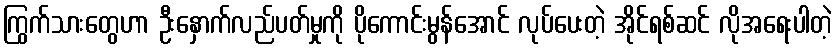
ကြွက်သားတွေဟာ ဦးနှောက်လည်ပတ်မှုကို ပိုကောင်းမွန်အောင် လုပ်ပေးတဲ့ အိုင်ရစ်ဆင် လိုအရေးပါတဲ့